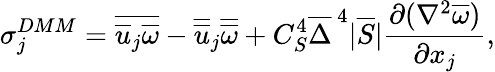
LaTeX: \sigma_{j}^{DMM}=\overline{{\overline{{u}}_{j}\overline{{\omega}}}}-\overline{{\overline{{u}}}}_{j}\overline{{\overline{{\omega}}}}+C_{S}^{4}\overline{{\Delta}}^{\, 4}|\overline{{S}}|\frac{\partial(\nabla^{2}\overline{{\omega}})}{\partial x_{j}},